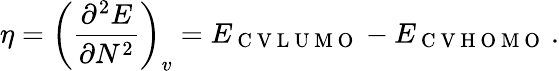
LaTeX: \eta=\left(\frac{\partial^{2}E}{\partial N^{2}}\right)_{v}=E_{\mathrm{~C~V~L~U~M~O~}}-E_{\mathrm{~C~V~H~O~M~O~}}\, .